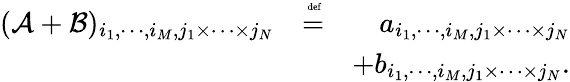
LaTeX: \begin{array}{rlr}{(\mathcal{A}+\mathcal{B})_{i_{1},\cdots,i_{M},j_{1}\times\cdots\times j_{N}}}&{\stackrel{\mathrm{\tiny~def}}{=}}&{a_{i_{1},\cdots,i_{M},j_{1}\times\cdots\times j_{N}}}\\ &{}&{+b_{i_{1},\cdots,i_{M},j_{1}\times\cdots\times j_{N}}.}\end{array}